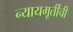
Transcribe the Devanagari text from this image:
न्यायमूर्तींची